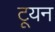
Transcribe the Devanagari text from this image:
टूयन